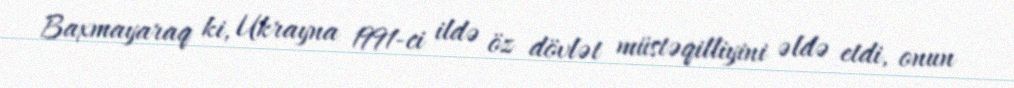
Baxmayaraq ki, Ukrayna 1991-ci ildə öz dövlət müstəqilliyini əldə etdi, onun